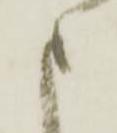
申